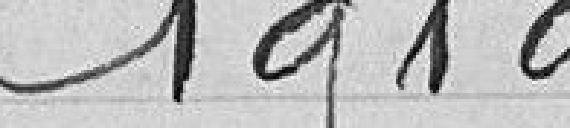
1919